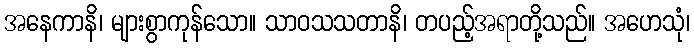
အနေကာနိ၊ များစွာကုန်သော။ သာဝသသတာနိ၊ တပည့်အရာတို့သည်။ အဟေသုံ၊